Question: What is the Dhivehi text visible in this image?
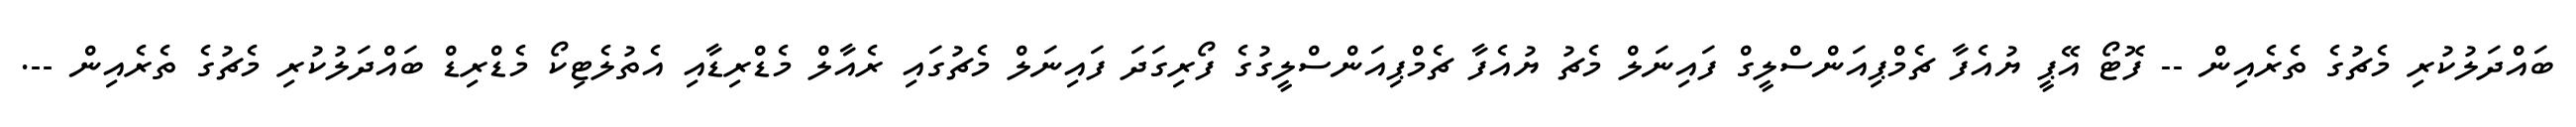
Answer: ބައްދަލުކުރި މެޗުގެ ތެރެއިން -- ފޮޓޯ އޭޕީ ޔުއެފާ ޗެމްޕިއަންސްލީގް ފައިނަލް މެޗު ޔުއެފާ ޗެމްޕިއަންސްލީގުގެ ފޯރިގަދަ ފައިނަލް މެޗުގައި ރެއާލް މެޑްރިޑާއި އެތުލެޓިކޯ މެޑްރިޑް ބައްދަލުކުރި މެޗުގެ ތެރެއިން --.